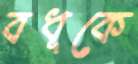
বধূকে